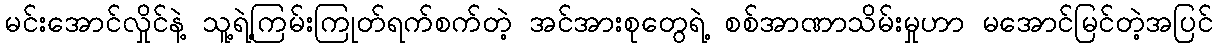
မင်းအောင်လှိုင်နဲ့ သူ့ရဲ့ကြမ်းကြုတ်ရက်စက်တဲ့ အင်အားစုတွေရဲ့ စစ်အာဏာသိမ်းမှုဟာ မအောင်မြင်တဲ့အပြင်